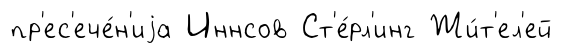
пр'ес'ече́н'иjа Иннсов Ст'е́рл'инг Жи́т'ел'ей